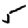
Digit: 5